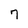
Character: 7